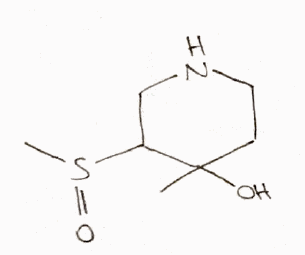
Simplified molecular-input line-entry system (SMILES) notation of the given molecule:
CC1(CCNCC1S(=O)C)O